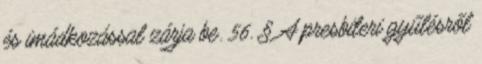
és imádkozással zárja be. 56. § A presbiteri gyűlésről